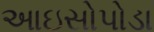
આઇસોપોડા